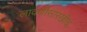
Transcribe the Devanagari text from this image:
लावणीसारखीच